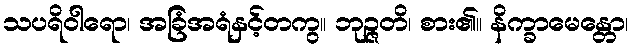
သပရိဝါရော၊ အခြံအရံနှင့်တကွ။ ဘုဉ္ဇတိ၊ စား၏။ နိက္ခာမေန္တော၊